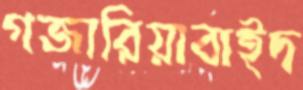
গজারিয়াবাইদ